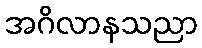
အဂိလာနသညာ